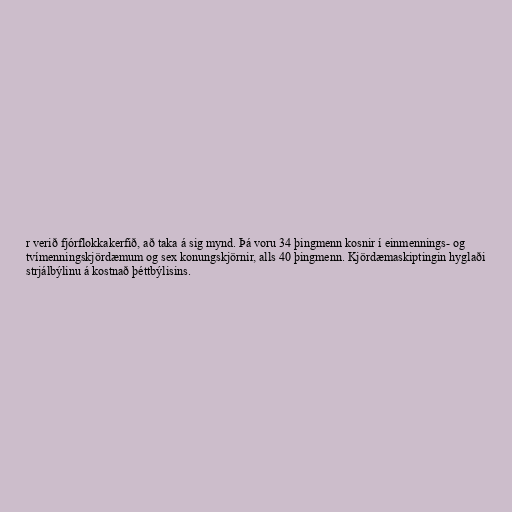
r verið fjórflokkakerfið, að taka á sig mynd. Þá voru 34 þingmenn kosnir í einmennings- og
tvímenningskjördæmum og sex konungskjörnir, alls 40 þingmenn. Kjördæmaskiptingin hyglaði
strjálbýlinu á kostnað þéttbýlisins.